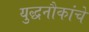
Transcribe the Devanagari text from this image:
युद्धनौकांचे